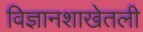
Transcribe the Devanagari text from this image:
विज्ञानशाखेतली